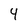
Character: 4